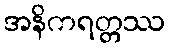
အနိကရတ္တဿ